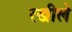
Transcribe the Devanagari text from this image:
रखीले